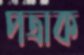
পত্রাক